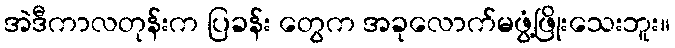
အဲဒီကာလတုန်းက ပြခန်း တွေက အခုလောက်မဖွံ့ဖြိုးသေးဘူး။